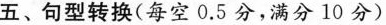
五、句型转换(每空0.5 分,满分 10 分)